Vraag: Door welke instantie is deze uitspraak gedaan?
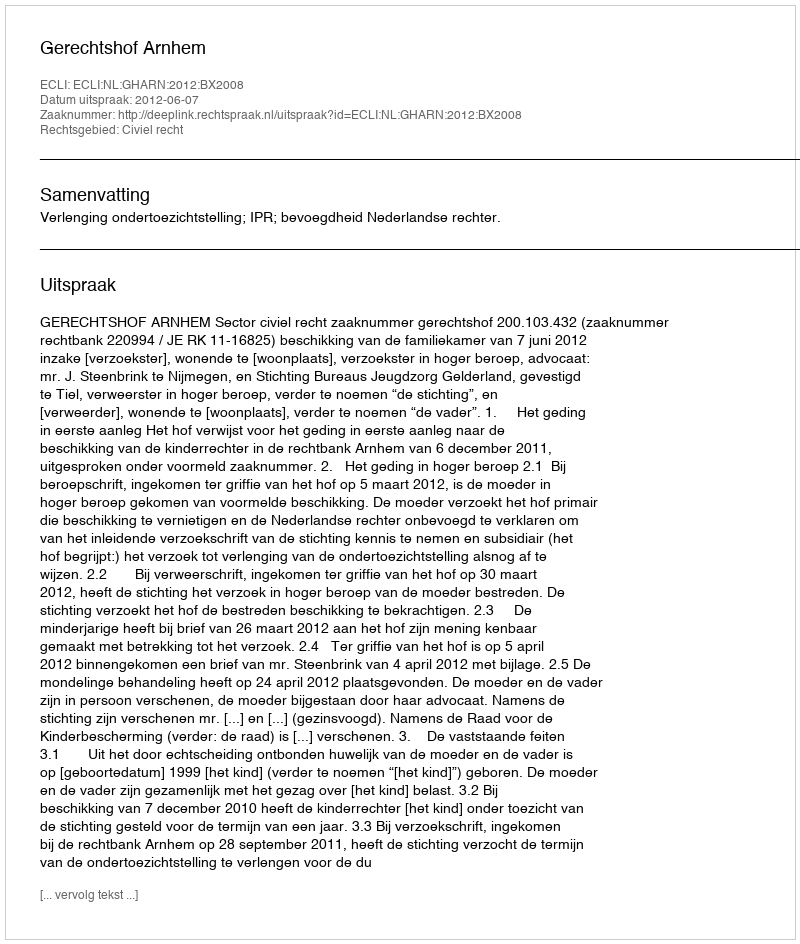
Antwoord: Gerechtshof Arnhem